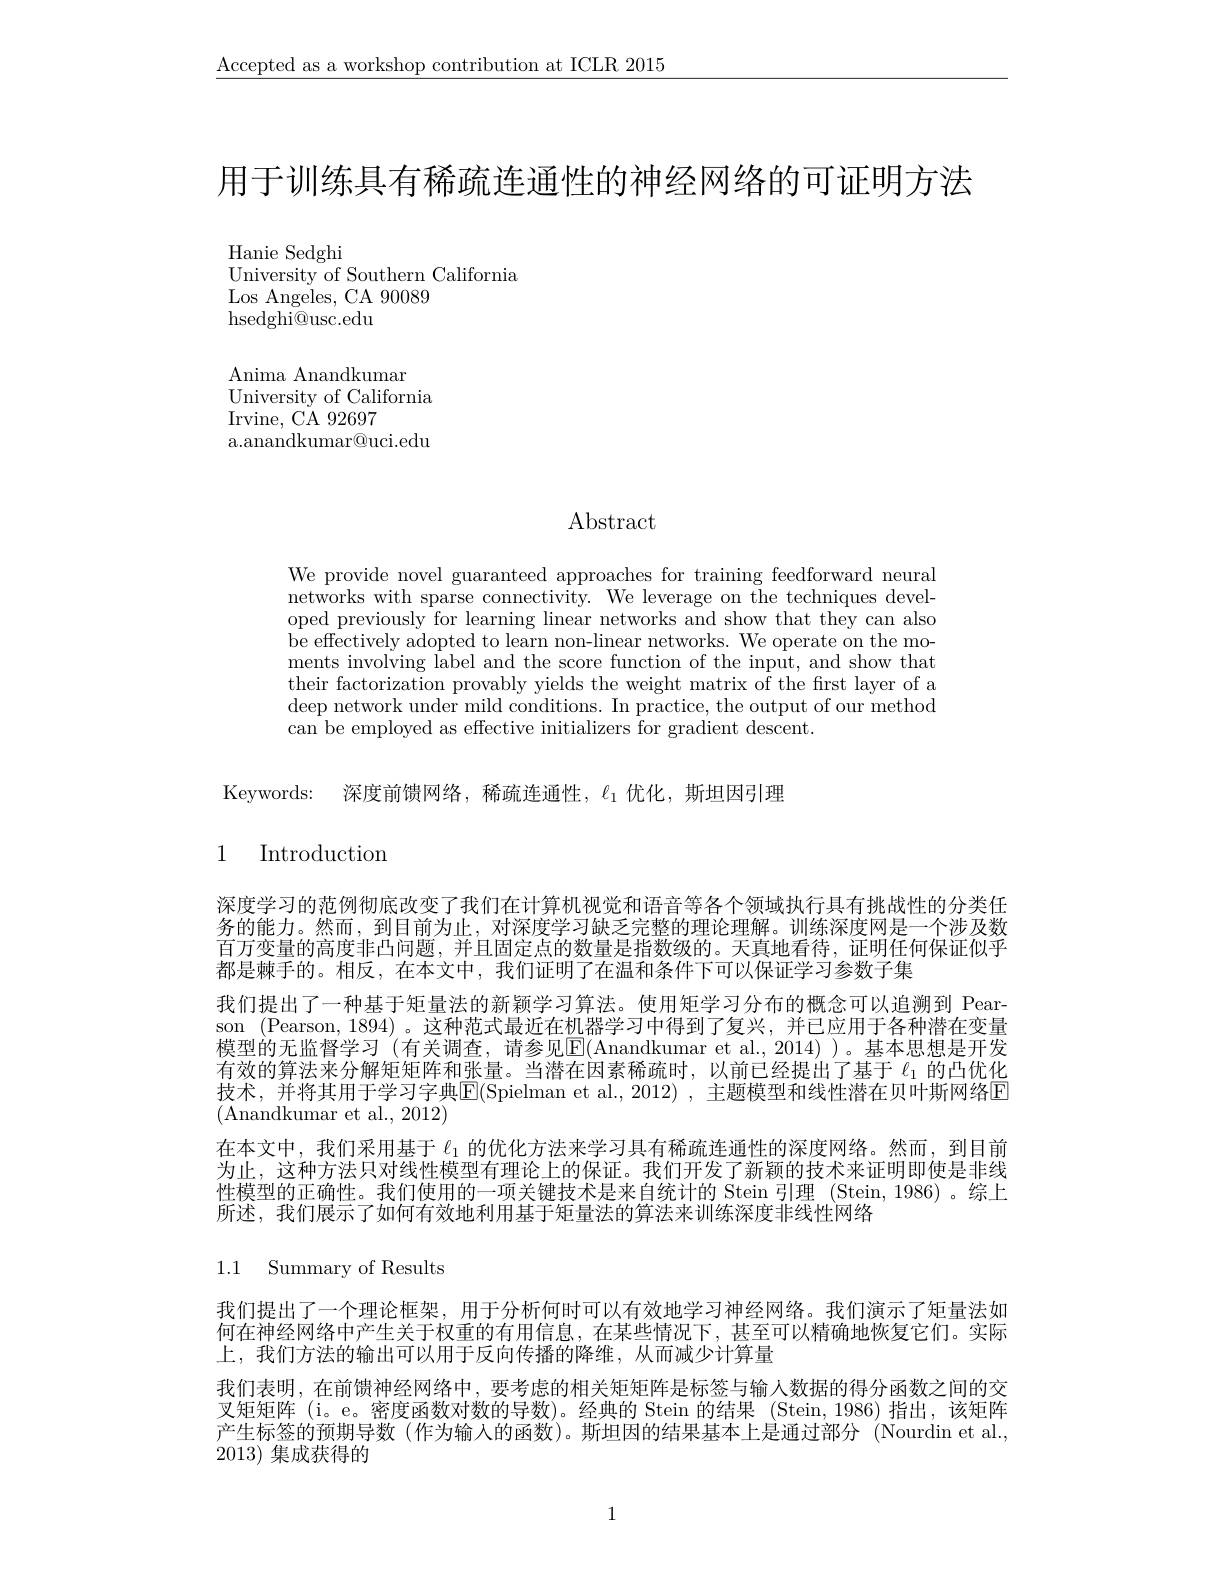
$\underline{\text{Accepted as a workshop contribution at ICLR 2015}}$

用于训练具有稀疏连通性的神经网络的可证明方法

Hanie Sedghi
University of Southern California
Los Angeles, CA 90089
${\mathrm{hsedghi@usc.edu}}$

${\mathrm{Anima~Anandkumar}}$
University of California
Irvine, CA 92697
a.anandkumar@uci.edu

Abstract

We provide novel guaranteed approaches for training feedforward neural networks with sparse connectivity. We leverage on the techniques developed previously for learning linear networks and show that they can also be effectively adopted to learn non-linear networks. We operate on the moments involving label and the score function of the input, and show that their factorization provably yields the weight matrix of the first layer of a deep network under mild conditions. In practice, the output of our method can be employed as effective initializers for gradient descent.

Keywords: 深度前馈网络，稀疏连通性，$\ell_1$优化，斯坦因引理

# 1 Introduction

深度学习的范例彻底改变了我们在计算机视觉和语音等各个领域执行具有挑战性的分类任务的能力。然而，到目前为止，对深度学习缺乏完整的理论理解。训练深度网是一个涉及数百万变量的高度非凸问题，并且固定点的数量是指数级的。天真地看待，证明任何保证似乎都是棘手的。相反，在本文中，我们证明了在温和条件下可以保证学习参数子集
我们提出了一种基于矩量法的新颖学习算法。使用矩学习分布的概念可以追溯到 Pearson (Pearson,1894)。这种范式最近在机器学习中得到了复兴，并已应用于各种潜在变量模型的无监督学习 (有关调查，请参见$\boxed{\mathrm{E}}($Anandkumar et al., 2014))。基本思想是开发有效的算法来分解矩矩阵和张量。当潜在因素稀疏时，以前已经提出了基于$\ell_{1}$的凸优化技术，并将其用于学习字典$\mathsf{E}($Spielman et al.,2012),主题模型和线性潜在贝叶斯网络区(Anandkumar et al., 2012)
在本文中，我们采用基于$\ell_{1}$的优化方法来学习具有稀疏连通性的深度网络。然而，到目前为止，这种方法只对线性模型有理论上的保证。我们开发了新颖的技术来证明即使是非线性模型的正确性。我们使用的一项关键技术是来自统计的 Stein 引理 (Stein,1986) 。综上所述，我们展示了如何有效地利用基于矩量法的算法来训练深度非线性网络

1.1 Summary of Results

我们提出了一个理论框架，用于分析何时可以有效地学习神经网络。我们演示了矩量法如何在神经网络中产生关于权重的有用信息，在某些情况下，甚至可以精确地恢复它们。实际上，我们方法的输出可以用于反向传播的降维，从而减少计算量
我们表明，在前馈神经网络中，要考虑的相关矩矩阵是标签与输入数据的得分函数之间的交叉矩矩阵 (i。e。密度函数对数的导数)。经典的 Stein 的结果 (Stein,1986)指出，该矩阵产生标签的预期导数(作为输入的函数)。斯坦因的结果基本上是通过部分 (Nourdin et al., 2013)集成获得的

1